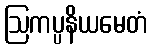
ဩကပ္ပနိယမေတံ